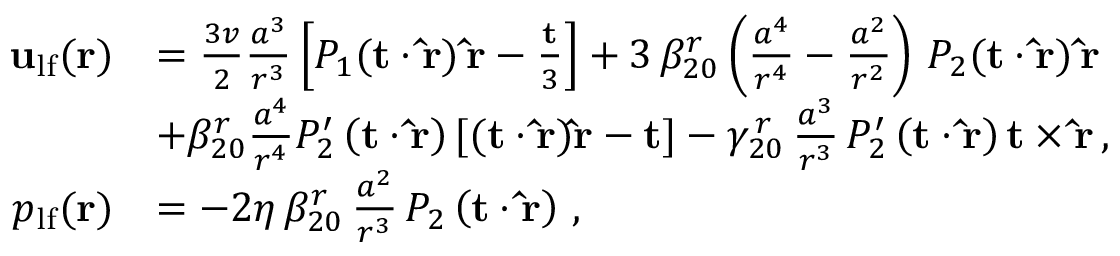
\begin{array} { r l } { { \bf u } _ { \mathrm { l f } } ( { \bf r } ) } & { = \frac { 3 v } { 2 } \frac { a ^ { 3 } } { r ^ { 3 } } \left[ P _ { 1 } ( { \bf t } \cdot { \bf \hat { r } } ) \, { \bf \hat { r } } - \frac { \bf t } { 3 } \right] + 3 \, \beta _ { 2 0 } ^ { r } \left( \frac { a ^ { 4 } } { r ^ { 4 } } - \frac { a ^ { 2 } } { r ^ { 2 } } \right) \, P _ { 2 } ( { \bf t } \cdot { \bf \hat { r } } ) \, { \bf \hat { r } } } \\ & { + \beta _ { 2 0 } ^ { r } \frac { a ^ { 4 } } { r ^ { 4 } } P _ { 2 } ^ { \prime } \left( { \bf t } \cdot { \bf \hat { r } } \right) [ ( { \bf t } \cdot { \bf \hat { r } } ) { \bf \hat { r } } - { \bf t } ] - \gamma _ { 2 0 } ^ { \, r } \, \frac { a ^ { 3 } } { r ^ { 3 } } \, P _ { 2 } ^ { \prime } \left( { \bf t } \cdot { \bf \hat { r } } \right) { \bf t } \times { \bf \hat { r } } \, , } \\ { p _ { \mathrm { l f } } ( { \bf r } ) } & { = - 2 \eta \, \beta _ { 2 0 } ^ { r } \, \frac { a ^ { 2 } } { r ^ { 3 } } \, P _ { 2 } \left( { \bf t } \cdot { \bf \hat { r } } \right) \, , } \end{array}